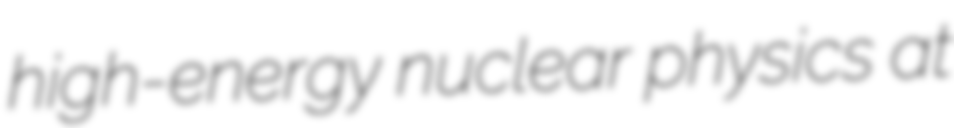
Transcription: high-energy nuclear physics at